Piroplasma canis and its life cycle in the tick - Number 29
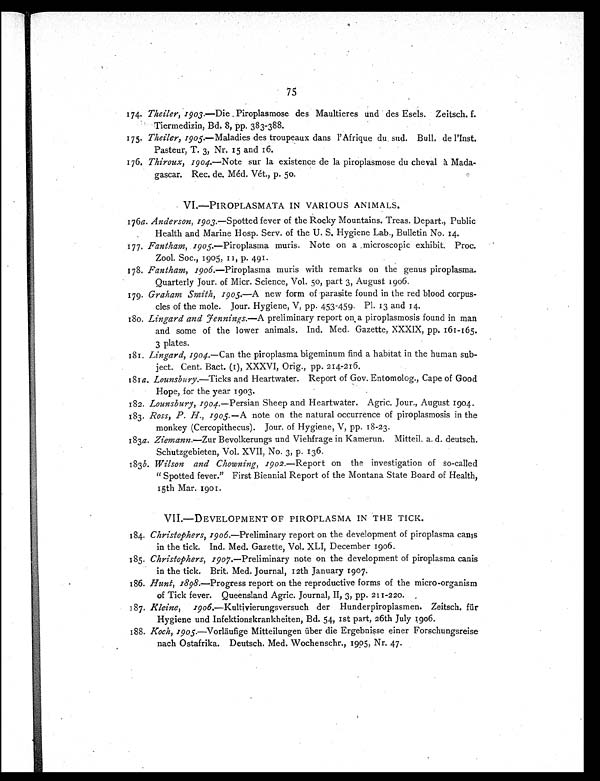
75
174. Theiler, 1903.—Die Piroplasmose des Maultieres und des Esels. Zeitsch. f.
Tiermedizin, Bd. 8, pp. 383-388.
175. Theiler, 1905.—Maladies des troupeaux dans l'Afrique du sud. Bull. de l'Inst.
Pasteur, T. 3, Nr. 15 and 16.
176. Thiroux, 1904.—Note sur la existence de la piroplasmose du cheval à Mada-
gascar. Rec. de. Méd. Vét., p. 50.
VI.—PIROPLASMATA IN VARIOUS ANIMALS.
176a. Anderson, 1903.—Spotted fever of the Rocky Mountains. Treas. Depart., Public
Health and Marine Hosp. Serv. of the U. S. Hygiene Lab., Bulletin No. 14.
177. Fantham, 1905.—Piroplasma muris. Note on a microscopic exhibit. Proc.
Zool. Soc., 1905, 11, p. 491.
178. Fantham, 1906. —Piroplasma muris with remarks on the genus piroplasma.
Quarterly Jour. of Micr. Science, Vol. 50, part 3, August 1906.
179. Graham Smith, 1905.—A new form of parasite found in the red blood corpus-
cles of the mole. Jour. Hygiene, V, pp. 453-459. Pl. 13 and 14.
1 8 0 .
L i n g a r d a n d J
e n n i n g s .
— A
p r e l i m i n a r y r e p o r t o n a p i r o p l a s m o s i s f o u n d i n m a n
and some of the lower animals. Ind. Med. Gazette, XXXIX, pp. 161-165.
3 plates.
181. Lingard, 1904.—Can the piroplasma bigeminum find a habitat in the human sub-
ject. Cent. Bact. (1), XXXVI, Orig., pp. 214-216.
181 a. Lounsbury.—Ticks and Heartwater. Report of Gov. Entomolog., Cape of Good
Hope, for the year 1903.
182. Lounsbury, 1904. —Persian Sheep and Heartwater. Agric. Jour., August 1904.
183. Ross, P. H., 1905.—A note on the natural occurrence of piroplasmosis in the
monkey (Cercopithecus). Jour. of Hygiene, V, pp. 18-23.
183a. Ziemann.—Zur Bevolkerungs und Viehfrage in Kamerun. Mitteil. a. d. deutsch.
Schutzgebieten, Vol. XVII, No. 3, p. 136.
183b. Wilson and Chowning, 1902.—Report on the investigation of so-called
" Spotted fever." First Biennial Report of the Montana State Board of Health,
15th Mar. 1901.
VII.—DEVELOPMENT OF PIROPLASMA IN THE TICK.
184. Christophers, 1906.—Preliminary report on the development of piroplasma canis
in the tick. Ind. Med. Gazette, Vol. XLI, December 1906.
185. Christophers, 1907.—Preliminary note on the development of piroplasma canis
in the tick. Brit. Med. Journal, 12th January 1907.
186. Hunt, 1898.—Progress report on the reproductive forms of the micro-organism
of Tick fever. Queensland Agric. Journal, II, 3, pp. 211-220.
187. Kleine, 1906.—Kultivierungsversuch der Hunderpiropiasmen. Zeitsch. für
Hygiene und Infektionskrankheiten, Bd. 54, 1st part, 26th July1906.
188. Koch, 1905.—Vorläufige Mitteilungen über die Ergebnisse einer Forschungsreise
nach Ostafrika. Deutsch, Med. Wochenschr., 1905, Nr. 47.